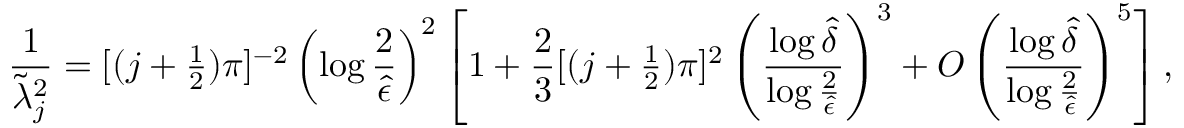
{ \frac { 1 } { \widetilde \lambda _ { j } ^ { 2 } } } = [ ( j + { \textstyle { \frac { 1 } { 2 } } } ) \pi ] ^ { - 2 } \left( \log { \frac { 2 } { \hat { \epsilon } } } \right) ^ { 2 } \left[ 1 + { \frac { 2 } { 3 } } [ ( j + { \textstyle { \frac { 1 } { 2 } } } ) \pi ] ^ { 2 } \left( { \frac { \log \hat { \delta } } { \log { \frac { 2 } { \hat { \epsilon } } } } } \right) ^ { 3 } + O \left( { \frac { \log \hat { \delta } } { \log { \frac { 2 } { \hat { \epsilon } } } } } \right) ^ { 5 } \right] ,